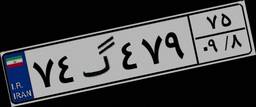
۷۴گ۴۷۹۷۵